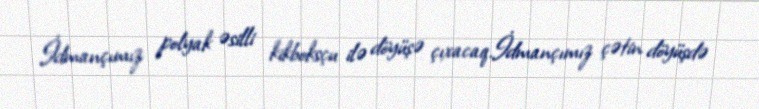
İdmançımız polyak əsilli kikboksçu ilə döyüşə çıxacaq.İdmançımız çətin döyüşdə